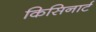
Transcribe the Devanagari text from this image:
किसिनार्ट